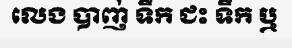
លេង បាញ់ ទឹក ជះ ទឹក ឬ